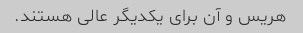
هریس و آن برای یکدیگر عالی هستند.